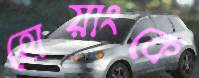
হোয়াংকে